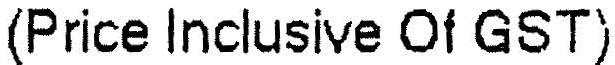
(PRICE INCLUSIVE OF GST)